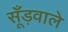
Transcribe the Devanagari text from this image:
सूँड़वाले